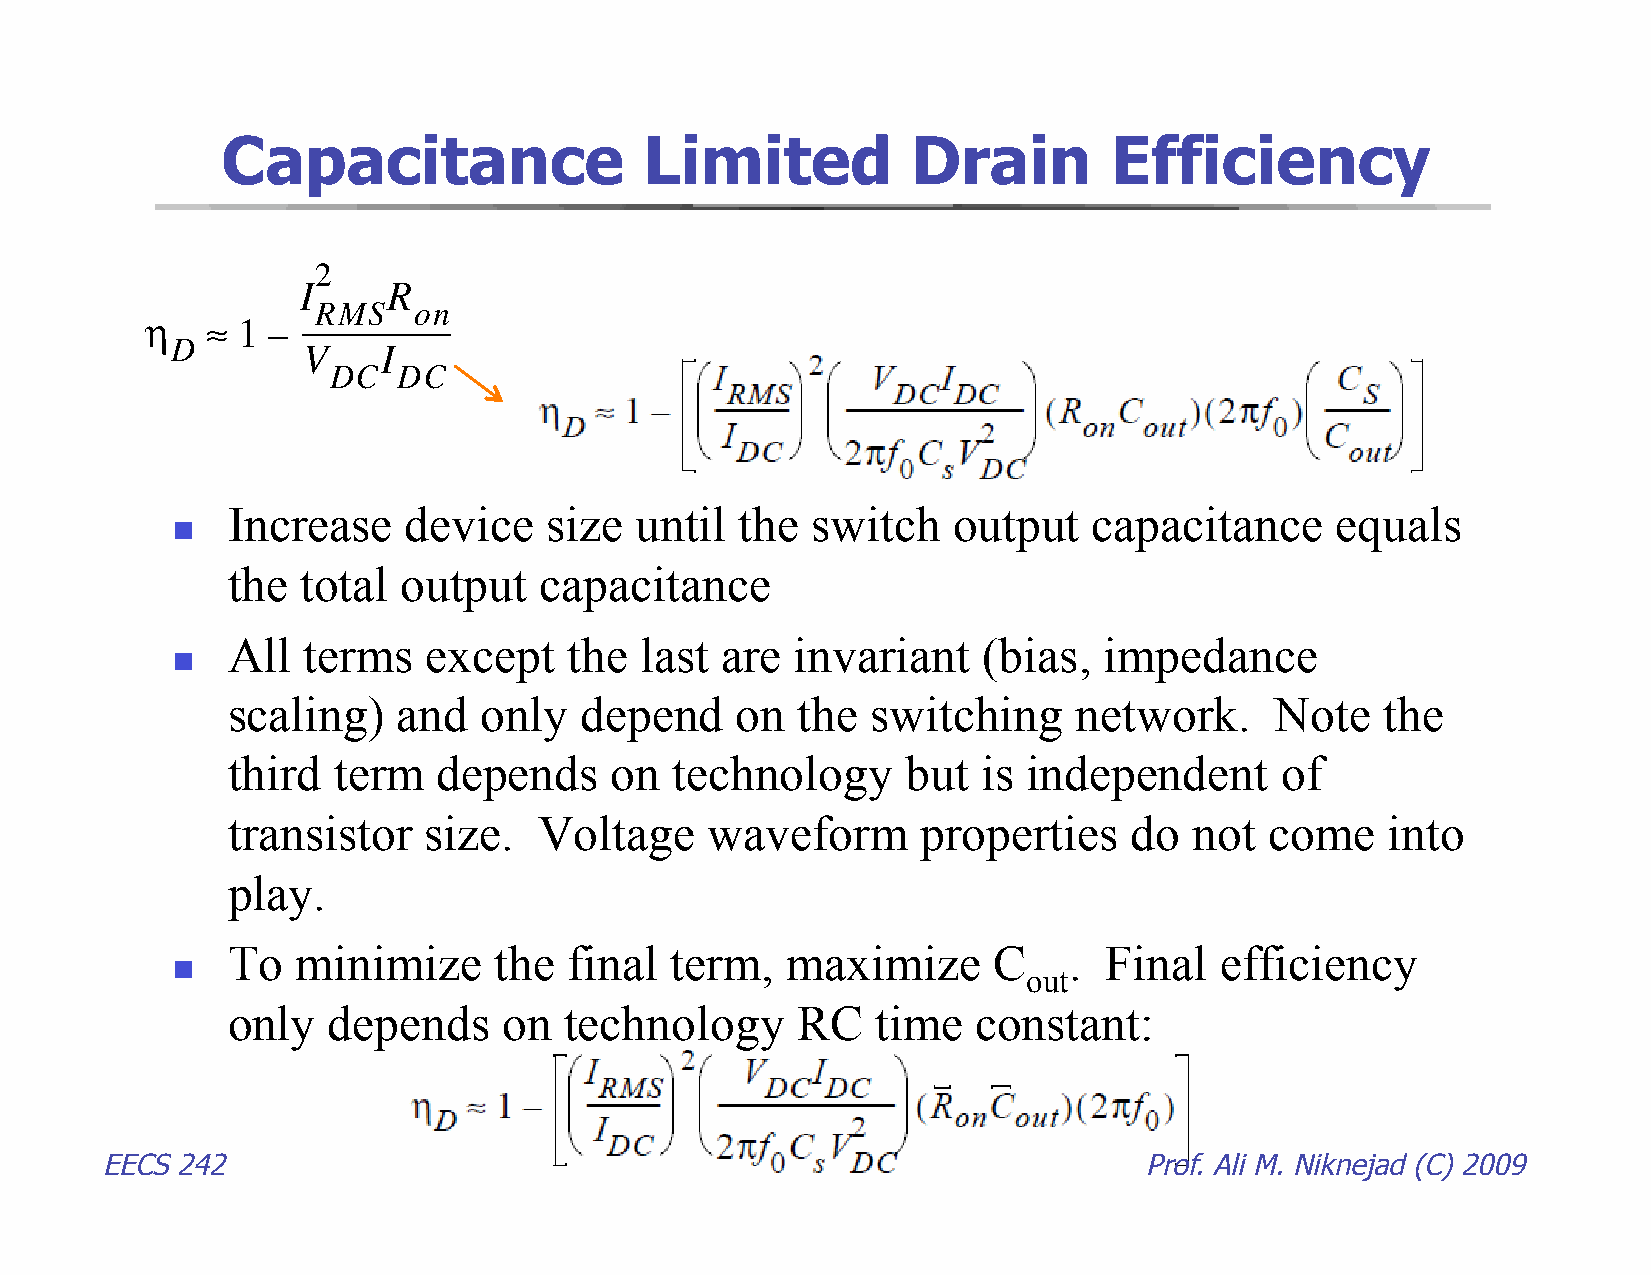
70         Chapter   4: Predicting Switching   Amplifier Performance
 2π
 1
 V     ≡ ------ ⋅ v dθ                                   (4.12)
 DC             s
 2π
 0
 2π
 1
 I    ≡ ------ ⋅ i dθ                                   (4.13)
 DC             s
 2π
 0
 where v is the instantaneous drain-source voltage of the FET.
 s
 The output power can be determined from energy conservation considerations. If the
 switching amplifier has been designed correctly, the power delivered by the transistor to
 the load network at the overtone harmonics should be effectively zero. Therefore, the
 difference between the power delivered to the transistor from the dc supply and the power
 dissipated on the transistor must be the output power:
 P     =  P    – P                                       (4.14)
 out      DC      diss
 From this, the drain efficiency can be written as:
 P             P
 out          diss
 η   ≡ ----------- = 1 – ------------                      (4.15)
 D   P             P
 DC            DC
 Combining this with (4.4) and (4.11), the drain efficiency estimate is found:
 2                   2
 I     R            V
 RMS   on            SW
 η ≈ 1 –   ---------------------- + -------------------------------------- (4.16)
 D         V    I       4πX    V     I
 DC  DC          CS       DC
 DC
 Capacitance                 Limited          Drain        Efficiency
 which in the ZVS case becomes:
 2
 I     R
 RMS   on
 η   ≈ 1 – ----------------------                       (4.17)
 D        V    I
 DC  DC
 The gain may be found by utilizing (4.14):
 Increase    device   size  until  the  switch   output   capacitance     equals
 
 2
 P     – P         V    I    – I    R
 DC     distshe toDtaCl oDuCtpuRt McSapoancitance
 G = ----------------------------- = ------------------------------------------------- (4.18)
 P                     P
 in   All  terms   excinept  the last  are  invariant   (bias,  impedance
 
 scaling)   and   only  depend     on  the  switching    network.     Note    the
 third  term   depends    on   technology     but  is independent      of
 transistor   size.   Voltage    waveform      properties    do  not  come    into
 play.
 To   minimize     the  final term,   maximize      C    . Final   efficiency
 
 out
 only   depends    on  technology      RC   time   constant:
 EECS 242                                                             Prof. Ali M. Niknejad (C) 2009